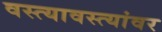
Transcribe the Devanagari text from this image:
वस्त्यावस्त्यांवर